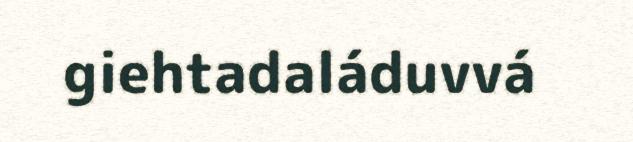
giehtadaláduvvá